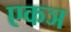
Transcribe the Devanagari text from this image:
एकञ